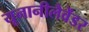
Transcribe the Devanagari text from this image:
यूनानीलैवेंडर